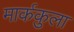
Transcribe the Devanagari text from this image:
मार्ककुला